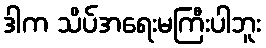
ဒါက သိပ်အရေးမကြီးပါဘူး